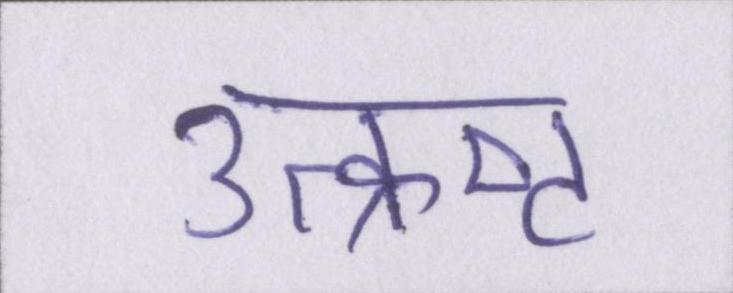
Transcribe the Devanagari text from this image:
उत्क्रष्ट